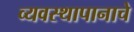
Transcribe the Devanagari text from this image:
व्यवस्थापानाचे